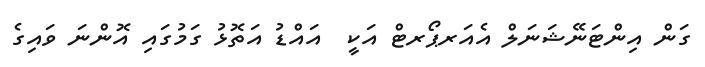
ގަން އިންޓަނޭޝަނަލް އެއަރޕޯރޓް އަކީ  އައްޑު އަތޮޅު ގަމުގައި އޮންނަ ވައިގެ